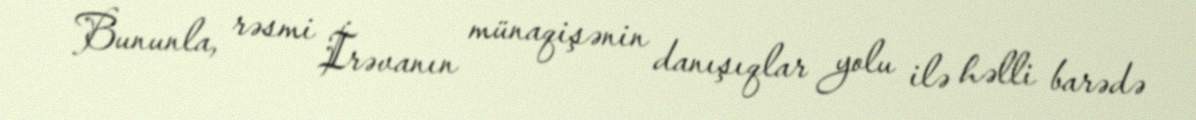
Bununla, rəsmi İrəvanın münaqişənin danışıqlar yolu ilə həlli barədə